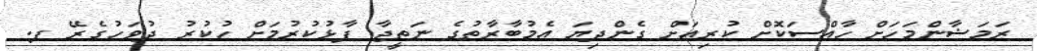
ރަމަޟާންމަހަށް ހާއްސަކޮށް ކުރިއަށް ގެންދިޔަ އެމުބާރާތުގެ ނަތީޖާ ފާޅުކުރުމަށް ހުކުރު ދުވަހުގެރޭ ފ.